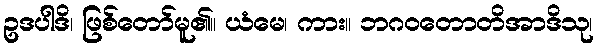
ဥဒပါဒိ၊ ဖြစ်တော်မူ၏။ ယံမေ၊ ကား။ ဘဂဝတောတိအာဒိသု၊